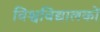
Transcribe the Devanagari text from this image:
विश्वविद्यालकों